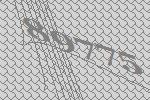
89775